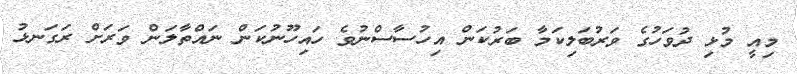
މިއީ މުޅި ދުވަހުގެ ވަރުބަލިކަމާ ބަރުކަން އިހުސާސްނުވެ ހައިހޫނުކަން ނައްތާލަން ވަރަށް ރަގަނޅު